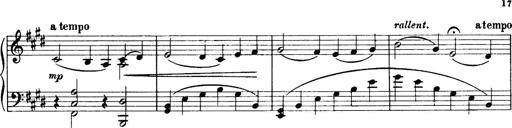
Title: 3 Sonatinas, Op.67
Composer: Jean Sibelius